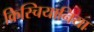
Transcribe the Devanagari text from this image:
क्रिस्चियानिया